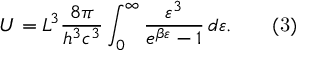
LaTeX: U = L ^ { 3 } { \frac { 8 \pi } { h ^ { 3 } c ^ { 3 } } } \int _ { 0 } ^ { \infty } { \frac { \varepsilon ^ { 3 } } { e ^ { \beta \varepsilon } - 1 } } \, d \varepsilon . \qquad { \mathrm { ( 3 ) } }